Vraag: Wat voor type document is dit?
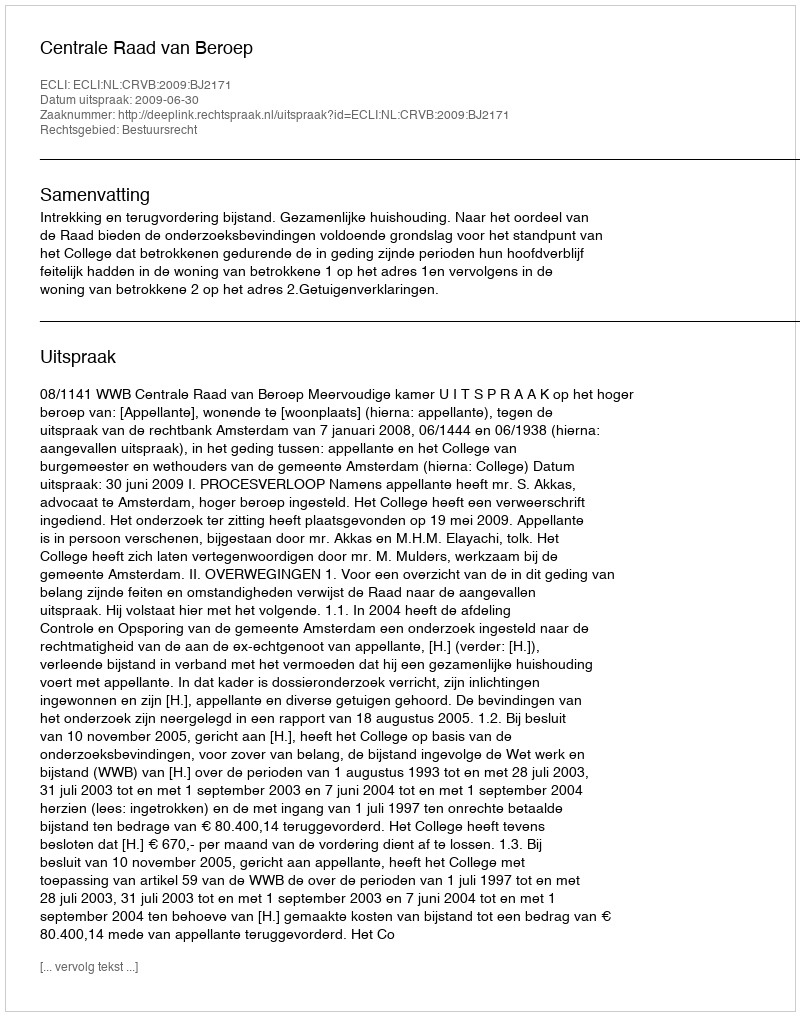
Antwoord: Uitspraak